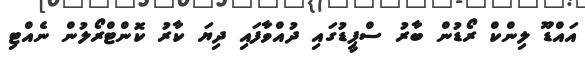
އައްޑޫ ލިންކް ރޯޑުން ބާރު ސްޕީޑުގައި ދުއްވާފައި ދިޔަ ކާރު ކޮންޓްރޯލުން ނެއްޓި